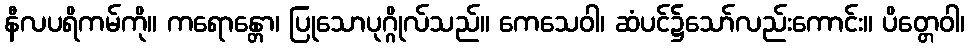
နီလပရိကမ်ကို။ ကရောန္တော၊ ပြုသောပုဂ္ဂိုလ်သည်။ ကေသေဝါ၊ ဆံပင်၌သော်လည်းကောင်း။ ပိတ္တေဝါ၊